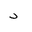
Letter: _dal